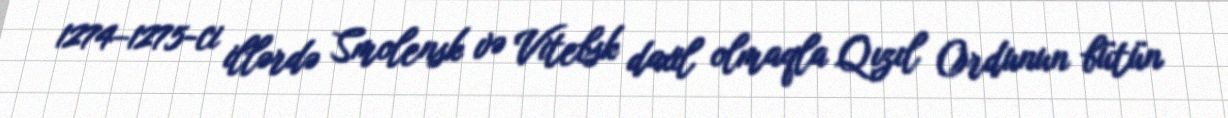
1274–1275-ci illərdə Smolensk və Vitebsk daxil olmaqla Qızıl Ordunun bütün